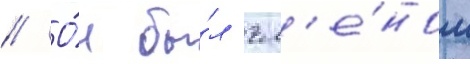
// О́н бы́л чл'е́ном